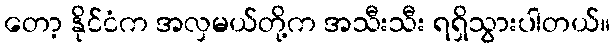
တော့ နိုင်ငံက အလှမယ်တို့က အသီးသီး ရရှိသွားပါတယ်။